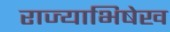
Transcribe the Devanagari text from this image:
राज्याभिषेख